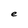
Character: e